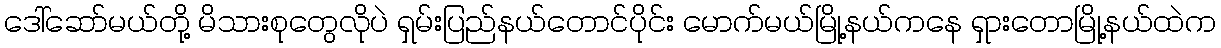
ဒေါ်ဆော်မယ်တို့ မိသားစုတွေလိုပဲ ရှမ်းပြည်နယ်တောင်ပိုင်း မောက်မယ်မြို့နယ်ကနေ ရှားတောမြို့နယ်ထဲက